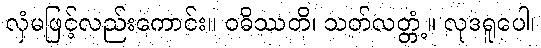
လှံမဖြင့်လည်းကောင်း။ ဝဓိဿတိ၊ သတ်လတ္တံ့။ လုဒရူပေါ၊